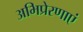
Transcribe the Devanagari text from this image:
अभिप्रेरणाएं